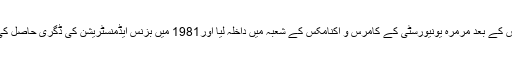
اس کے بعد مرمرہ یونیورسٹی کے کامرس و اکنامکس کے شعبہ میں داخلہ لیا اور1981 میں بزنس ایڈمنسٹریشن کی ڈگری حاصل کی۔